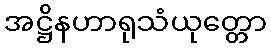
အဋ္ဌိနဟာရုသံယုတ္တော